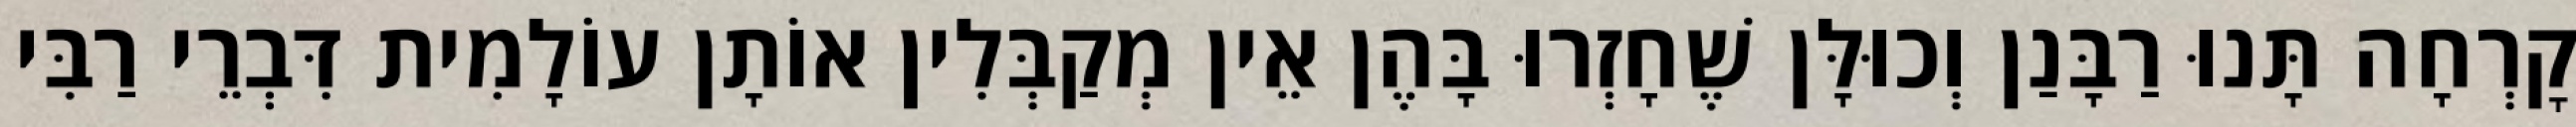
קׇרְחָה תָּנוּ רַבָּנַן וְכוּלָּן שֶׁחָזְרוּ בָּהֶן אֵין מְקַבְּלִין אוֹתָן עוֹלָמִית דִּבְרֵי רַבִּי